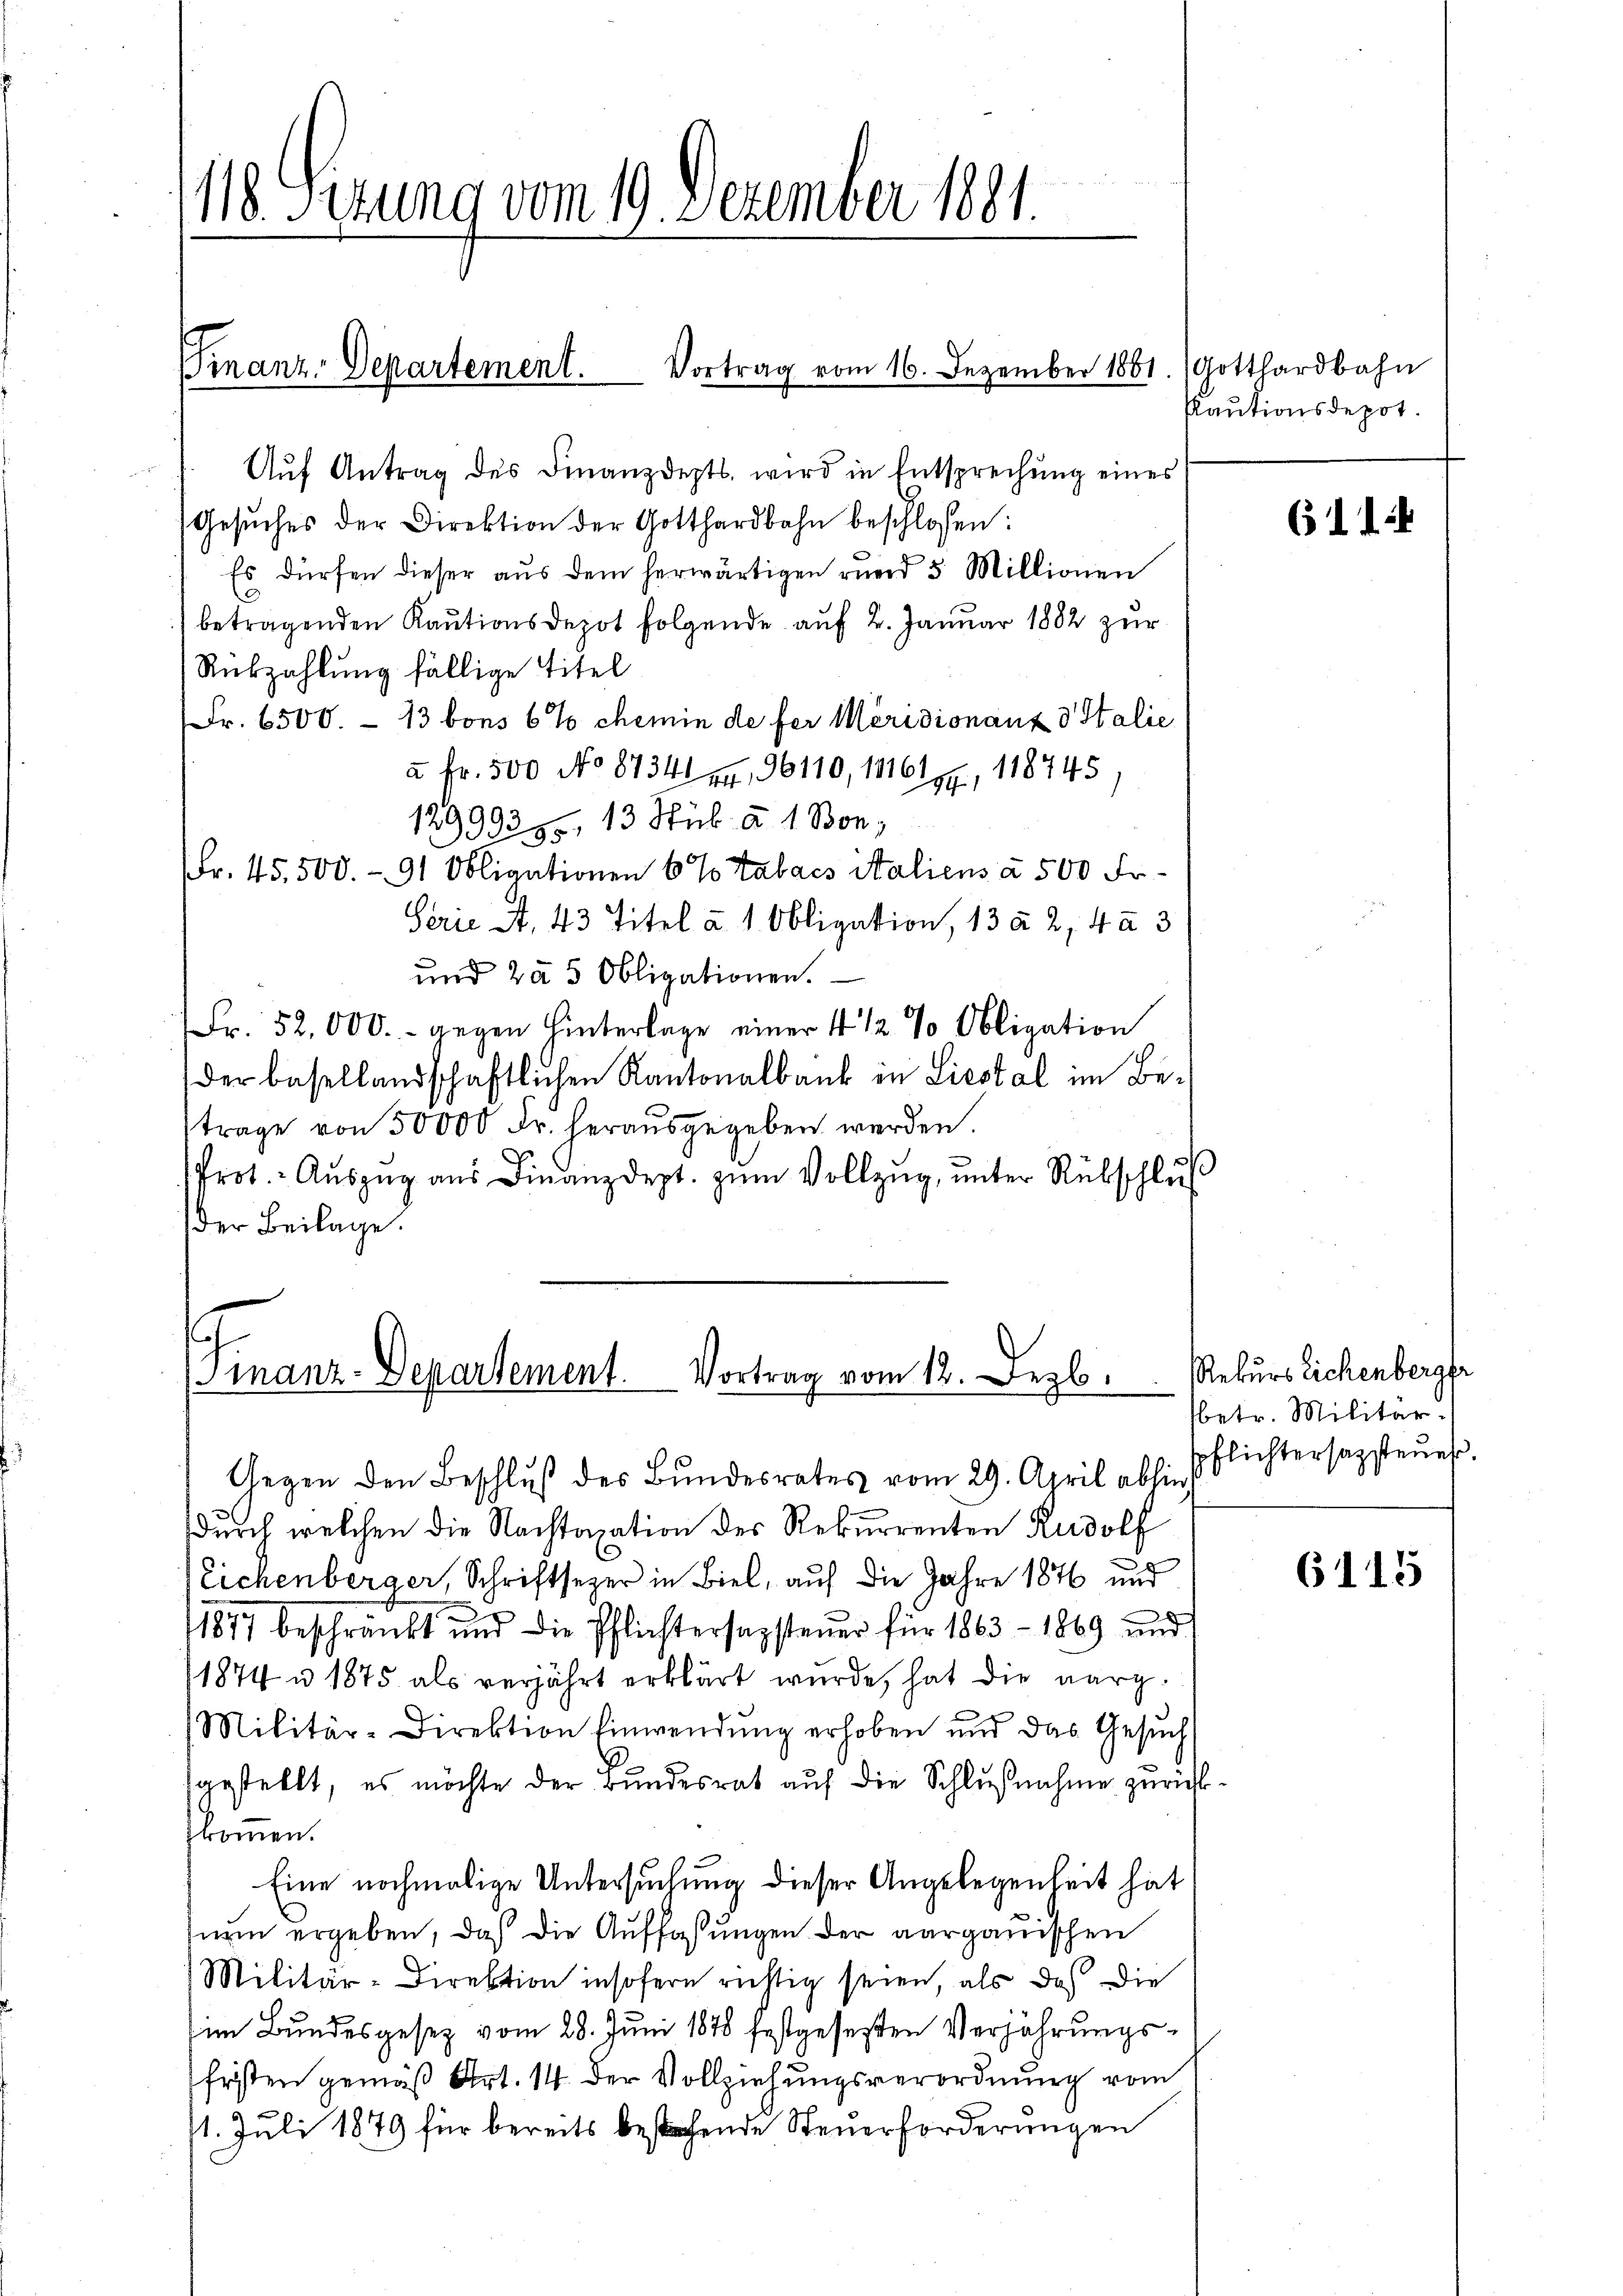
118. Sitzung vom 19. Dezember 1881.

Aŭf Antrag des Finanzdepts, wird in Entsprechung eines
Gesŭches der Direktion der Gotthardbahn beschlossen:
Es dürfen dieser aus dem herwärtigen rund 5 Millionen
betragenden Kaŭtionsdepot folgende auf 2. Januar 1882 zur
Rükzahlung fällige Titel
Fr. 6500. – 13 vons 6 % chemin de fer Meridionanzd Italie
à Fr. 500 No 8734, 96110, 1816 199, 118745
12999385, 13 Stub à 1 Bon,
Fr. 45,500.- 91 Obligationen 6 % talacs italiens à 500 Fr.
Serie S. 43 Titel à 1 Obligation, 13 § 2, 4 à 3
und zu 5 Obligationen.
Fr. 52,000.- gegen Hinterlage einer 1 1/2 % Obligation
der besellandschaftlichen Kantonalbank in Liestal im Be-
trage von 50000 Fr. herausgegeben werden.
Prot. - Aŭszŭg ans Finanzdept. zum Vollzug, unter Rübschluß
der Beilage.

Finanz-Departement. Vortrag vom 16. Dezember 1861. Gotthardbahn

Finanz-Departement. Vortrag vom 12. Dezb.

Cautionsdepot.

Gegen den Beschlŭβ des Bŭndesrates vom 29. April abhin
durch welchen die Nachtaxation des Rekurrenten Rudolf
Eichenberger, Schriftsezer in Biel, auf die Jahre 1876 und
d
11877 beschränkt und die Pflichtersagsteuer für 1863 - 1869 und
11874 u. 1875 als verjährt erklärt wurde, hat die aarg¬
Militär-Direktion Einwendung erhoben und das Gesuch
fgestellt, es möchte der Bundesrat auf die Schlußnahme zurichtprommen.
Eine nochmalige Untersuchung dieser Angelegenheit hat
inem ergeben, daß die Auffassungen der aargauischen
Militär-Direktion insofern richtig seien, als das die
im Bundesgesetz vom 28. Juni 1848 festgesetzten Verjährungsfristen gemäß Art. 14. der Vollziehungsverordnung vom
11. Juli 1879 für bereits bestehende Steuerforderungen

611

Rekurs lichenberger
betr. Militär
pflichtersazsteuer.

6115